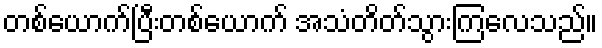
တစ်ယောက်ပြီးတစ်ယောက် အသံတိတ်သွားကြလေသည်။